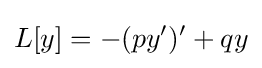
L[y]=-(py')'+qy